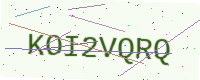
Text: KOI2VQRQ